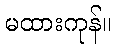
မထားကုန်။